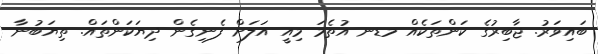
ބައިވަރު. ޖާބިރުގެ ކަންތަކެއް މޑނ އުތެމަ މިއީ އަލަށް ފެނިގެން ދިޔަކަންތައް. ތިޔަބުނާ